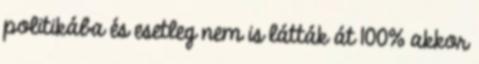
politikába és esetleg nem is látták át 100% akkor